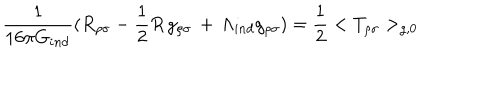
{ \frac { 1 } { 1 6 \pi G _ { i n d } } } ( R _ { \rho \sigma } - { \frac { 1 } { 2 } } R \, g _ { \rho \sigma } \, + \, \Lambda _ { i n d } g _ { \rho \sigma } ) = { \frac { 1 } { 2 } } < T _ { \rho \sigma } > _ { g , 0 }